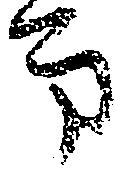
方